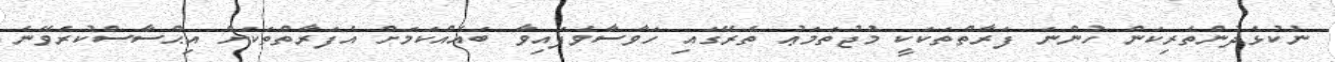
ނުކުޅެދުންތެރިކަން ހުންނަ ފަރާތްތަކަކީ މުޖުތަމަޢު ތެރޭގައި ހަވާސާވެފައިވާ ބައެއްކަމަށް އެފަރާތްތަކަށް އިޙްސާސްކުރެވޭނެ